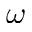
\omega